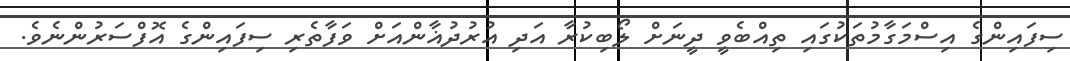
ސިފައިންގެ އިސްމަގާމުތަކުގައި ތިއްބެވީ ދީނަށް ލޯބިކުރާ އަދި އުރުދުޣާންއަށް ވަފާތެރި ސިފައިންގެ އޮފްސަރުންނެވެ.